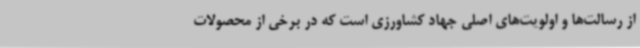
از رسالت‌ها و اولویت‌های اصلی جهاد کشاورزی است که در برخی از محصولات